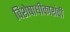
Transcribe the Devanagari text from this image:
विशेषाधीकारांची